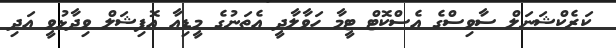
ކަރެކްޝަނަލް ސާވިސްގެ އެސްކޮޓް ޓީމާ ހަވާލާދީ އެތަނުގެ މީޑިއާ އޮފިޝަލް ވިދާޅުވީ އަދި